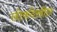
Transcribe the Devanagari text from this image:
लोकदेखील